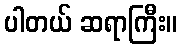
ပါတယ် ဆရာကြီး။